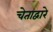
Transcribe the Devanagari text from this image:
चेताद्वारे